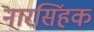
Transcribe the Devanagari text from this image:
नारसिंहक